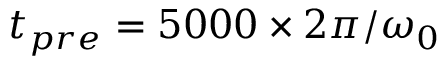
t _ { p r e } = 5 0 0 0 \times 2 \pi / \omega _ { 0 }